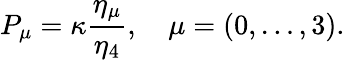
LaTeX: P_{\mu}=\kappa\frac{\eta_{\mu}}{\eta_{4}},\quad\mu=(0,\ldots,3).